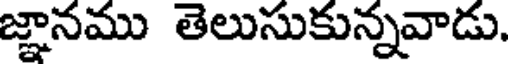
జ్ఞానము తెలుసుకున్నవాడు.